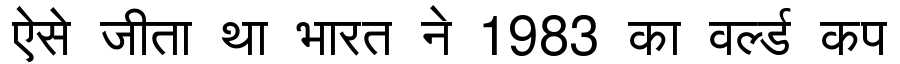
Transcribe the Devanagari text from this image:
ऐसे जीता था भारत ने 1983 का वर्ल्ड कप